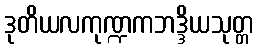
ဒုတိယလကုဏ္ဍကဘဒ္ဒိယသုတ္တ